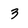
Character: 3